Annual report on the Civil Veterinary Department, Burma (including the Insein Veterinary School) - 1923-1931
Year: 1923
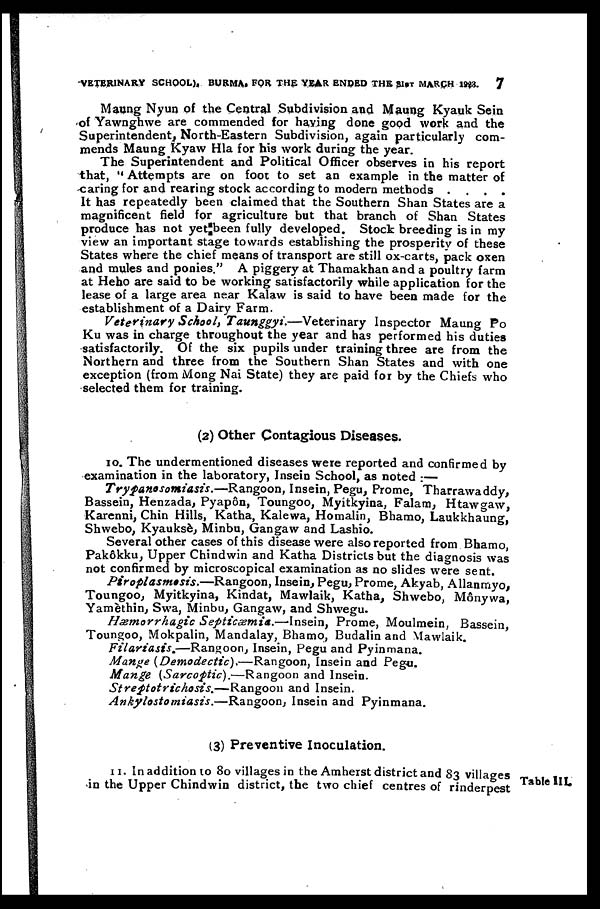
VETERINARY SCHOOL), BURMA, FOR THE YEAR ENDED THE 31ST MARCH 1923. 7
Maung Nyun of the Central Subdivision and Maung Kyauk Sein
of Yawnghwe are commended for having done good work and the
Superintendent, North-Eastern Subdivision, again particularly com-
mends Maung Kyaw Hla for his work during the year.
The Superintendent and Political Officer observes in his report
that, " Attempts are on foot to set an example in the matter of
caring for and rearing stock according to modern methods .
. . .
It has repeatedly been claimed that the Southern Shan States are a
magnificent field for agriculture but that branch of Shan States
produce has not yet been fully developed. Stock breeding is in my
view an important stage towards establishing the prosperity of these
States where the chief means of transport are still ox-carts, pack oxen
and mules and ponies." A piggery at Thamakhan and a poultry farm
at Heho are said to be working satisfactorily while application for the
lease of a large area near Kalaw is said to have been made for the
establishment of a Dairy Farm.
Veterinary School, Taunggyi.—Veterinary
Inspector Maung Po
Ku was in charge throughout the year and has performed his duties
satisfactorily. Of the six pupils under training three are from the
Northern and three from the Southern Shan States and with one
exception (from Mong Nai State) they are paid for by the Chiefs who
selected them for training.
(2) Other Contagious Diseases.
10. The undermentioned diseases were reported and confirmed by
examination in the laboratory, Insein School, as noted :—
Trypanosomiasis.—Rangoon,
Insein, Pegu, Prome, Tharrawaddy,
Bassein, Henzada, Pyapôn, Toungoo, Myitkyina, Falam, Htawgaw,
Karenni, Chin Hills, Katha, Kalewa, Homalin, Bhamo, Laukkhaung,
Shwebo, Kyauksè, Minbu, Gangaw and Lashio.
Several other cases of this disease were also reported from Bhamo,
Pakôkku, Upper Chindwin and Katha Districts but the diagnosis was
not confirmed by microscopical examination as no slides were sent.
Ptroplasmosis.—Rangoon,
Insein, Pegu, Prome, Akyab, Allanrnyo,
Toungoo, Myitkyina, Kindat, Mawlaik, Katha, Shwebo, Mônywa,
Yamèthin, Swa, Minbu, Gangaw, and Shwegu.
Hæmorrhagic Septicæmia.—Insein,
Prome, Moulmein, Bassein,
Toungoo, Mokpalin, Mandalay, Bhamo, Budalin and Mawlaik.
Filariasts.—Rangoon,
Insein, Pegu and Pyinmana.
Mange (Demodectic),—Rangoon,
Insein and Pegu.
Mange (Sarcoptic).—Rangoon
and Insein.
Streptotrichosis.—Rangoon
and Insein.
Ankylostomiasis.—Rangoon,
Insein and Pyinmana.
(3) Preventive Inoculation.
Table III.
11. In addition to 80 villages in the Amherst district and 83 villages
in the Upper Chindwin district, the two chief centres of rinderpest